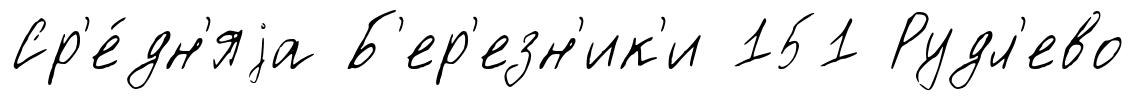
Ср'е́дн'яjа Б'ер'езн'ик'и 151 Рудл'ево